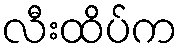
လီးထိပ်က